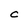
Character: C